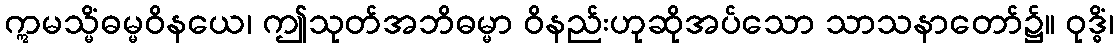
ဣမသ္မိံဓမ္မဝိနယေ၊ ဤသုတ်အဘိဓမ္မာ ဝိနည်းဟုဆိုအပ်သော သာသနာတော်၌။ ဝုဒ္ဓိံ၊